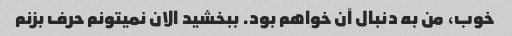
خوب، من به دنبال آن خواهم بود. ببخشید الان نمیتونم حرف بزنم